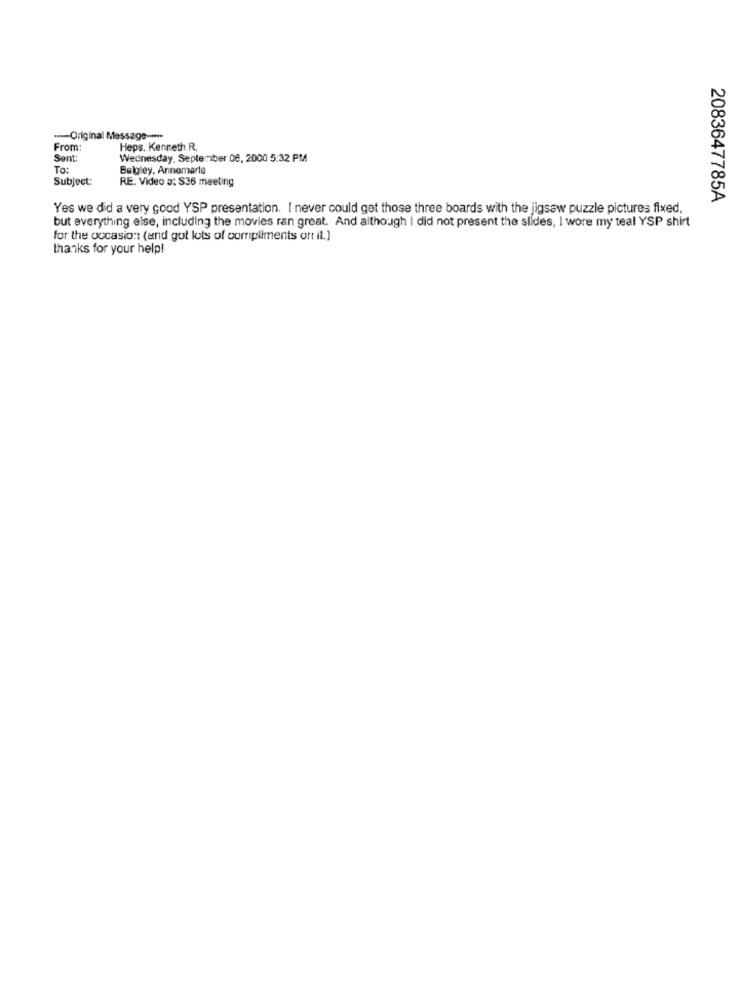
--- Original Message -----
From:
Heps. Kenneth R.
Sent:
Wednesday, September 06, 2000 5:32 PM
To:
Belgley, Annemarie
Subject:
RE: Video a: S36 meeting
2083647785A
Yes we did a very good YSP presentation. I never could get those three boards with the jigsaw puzzle pictures fixed,
but everything else, including the movies ran great. And although I did not present the slides, I wore my teal YSP shirt
for the occasion (and got lots of compliments ort it.]
thanks for your help!